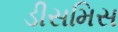
ડીસમિસ